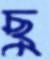
ছু